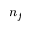
n _ { f }